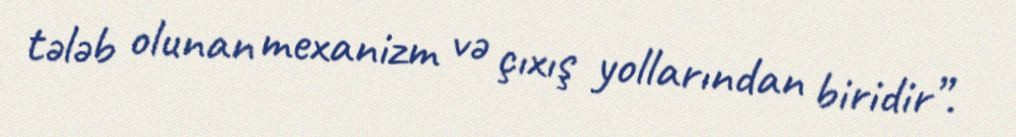
tələb olunan mexanizm və çıxış yollarından biridir”.